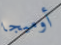
أوميجا